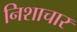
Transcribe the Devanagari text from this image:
निशाचार